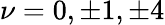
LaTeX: \nu=0,\pm{1},\pm{4}